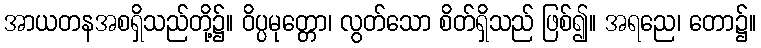
အာယတနအစရှိသည်တို့၌။ ဝိပ္ပမုတ္တော၊ လွတ်သော စိတ်ရှိသည် ဖြစ်၍။ အရညေ၊ တော၌။